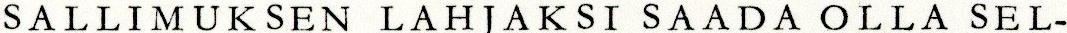
SALLIMUKSEN LAHJAKSI SAADA OLLA SEL-